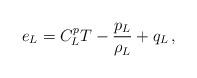
LaTeX: \begin{align*}e_L=C^p_L T-\frac{p_L}{\rho_L}+q_L\,,\end{align*}